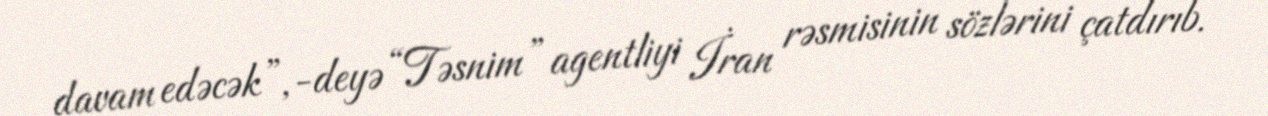
davam edəcək”,-deyə “Təsnim” agentliyi İran rəsmisinin sözlərini çatdırıb.